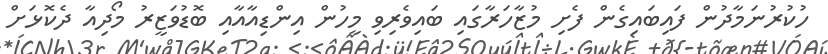
ހުކުރުނަމާދުން ފައިބައިގެން ފެށި މުޒާހަރާގައި ބައިވެރިވި މީހުން އިންޑިއާއާއި ބޮޑުވަޒީރު މޯދިއާ ދެކޮޅަށް